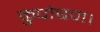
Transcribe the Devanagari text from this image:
कुपोषण।